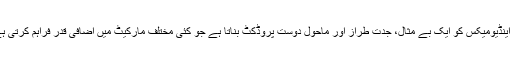
یہ اینڈیومیکس کو ایک بے مثال، جدت طراز اور ماحول دوست پروڈکٹ بناتا ہے جو کئی مختلف مارکیٹ میں اضافی قدر فراہم کرتی ہے۔